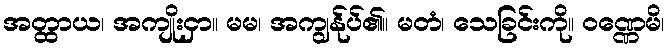
အတ္ထာယ၊ အကျိုးငှာ။ မမ၊ အကျွန်ုပ်၏။ မတံ၊ သေခြင်းကို။ ဝဏ္ဏေမိ၊